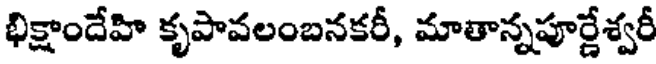
భిక్షాందేహి కృపావలంబనకరీ, మాతాన్నపూర్ణేశ్వరీ